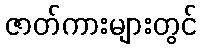
ဇာတ်ကားများတွင်